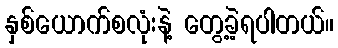
နှစ်ယောက်စလုံးနဲ့ တွေ့ခဲ့ရပါတယ်။